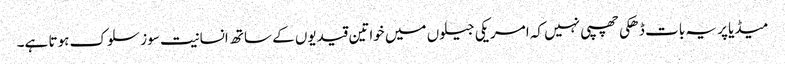
میڈیا پر یہ بات ڈھکی چھپی نہیں کہ امریکی جیلوں میں خواتین قیدیوں کے ساتھ انسانیت سوز سلوک ہوتا ہے۔